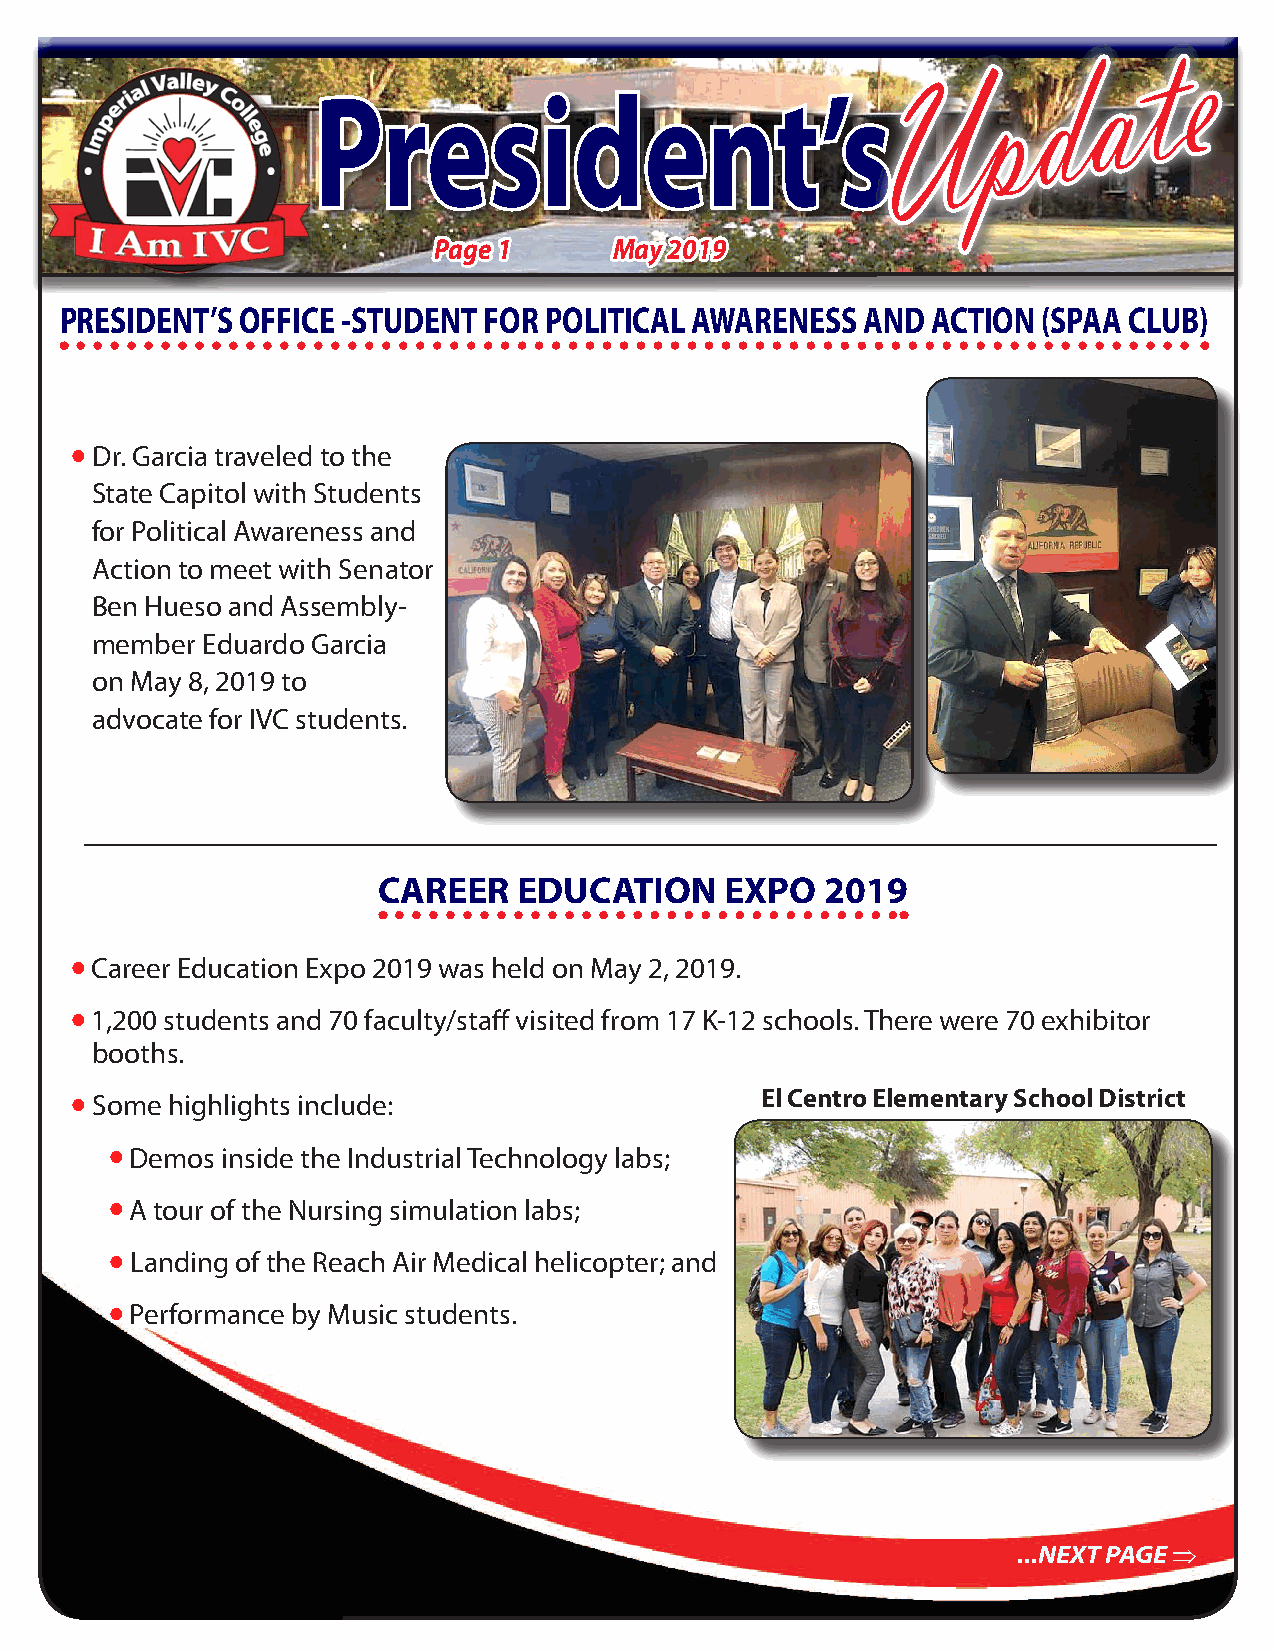
e
 t
 a
 d
 p
 U
 President’s
 Page 1      May 2019
 PRESIDENT’S OFFICE -STUDENT FOR POLITICAL AWARENESS  AND  ACTION (SPAA CLUB)
  Dr. Garcia traveled to the
 State Capitol with Students
 for Political Awareness and
 Action to meet with Senator
 Ben Hueso and Assembly-
 member Eduardo Garcia
 on May 8, 2019 to
 advocate for IVC students.
 CAREER   EDUCATION     EXPO   2019
  Career Education Expo 2019 was held on May 2, 2019.
  1,200 students and 70 faculty/staff visited from 17 K-12 schools. There were 70 exhibitor
 booths.
 El Centro Elementary School District
  Some highlights include:
  Demos inside the Industrial Technology labs;
  A tour of the Nursing simulation labs;
  Landing of the Reach Air Medical helicopter; and
  Performance by Music students.
 ...NEXT PAGE ⇒